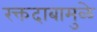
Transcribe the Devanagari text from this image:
रक्तदाबामुळे